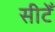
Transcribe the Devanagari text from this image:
सीटेँ